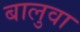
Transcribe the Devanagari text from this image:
बालुवा